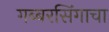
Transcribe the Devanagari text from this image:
गब्बरसिंगाचा